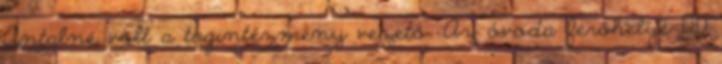
Antalné volt a tagintézmény vezető. Az óvoda férőhelye 120